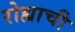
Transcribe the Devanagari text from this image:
रोह्याची